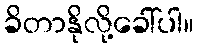
ခိတာနိုလို့ခေါ်ပါ။